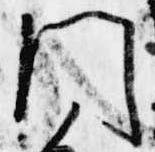
門